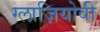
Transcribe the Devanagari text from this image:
ग्लाज़ियोवी